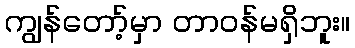
ကျွန်တော့်မှာ တာဝန်မရှိဘူး။